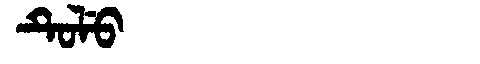
Manchu: ᡨᡠᠯᡠ
Romanization: TULU